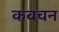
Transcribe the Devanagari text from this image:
कवचन